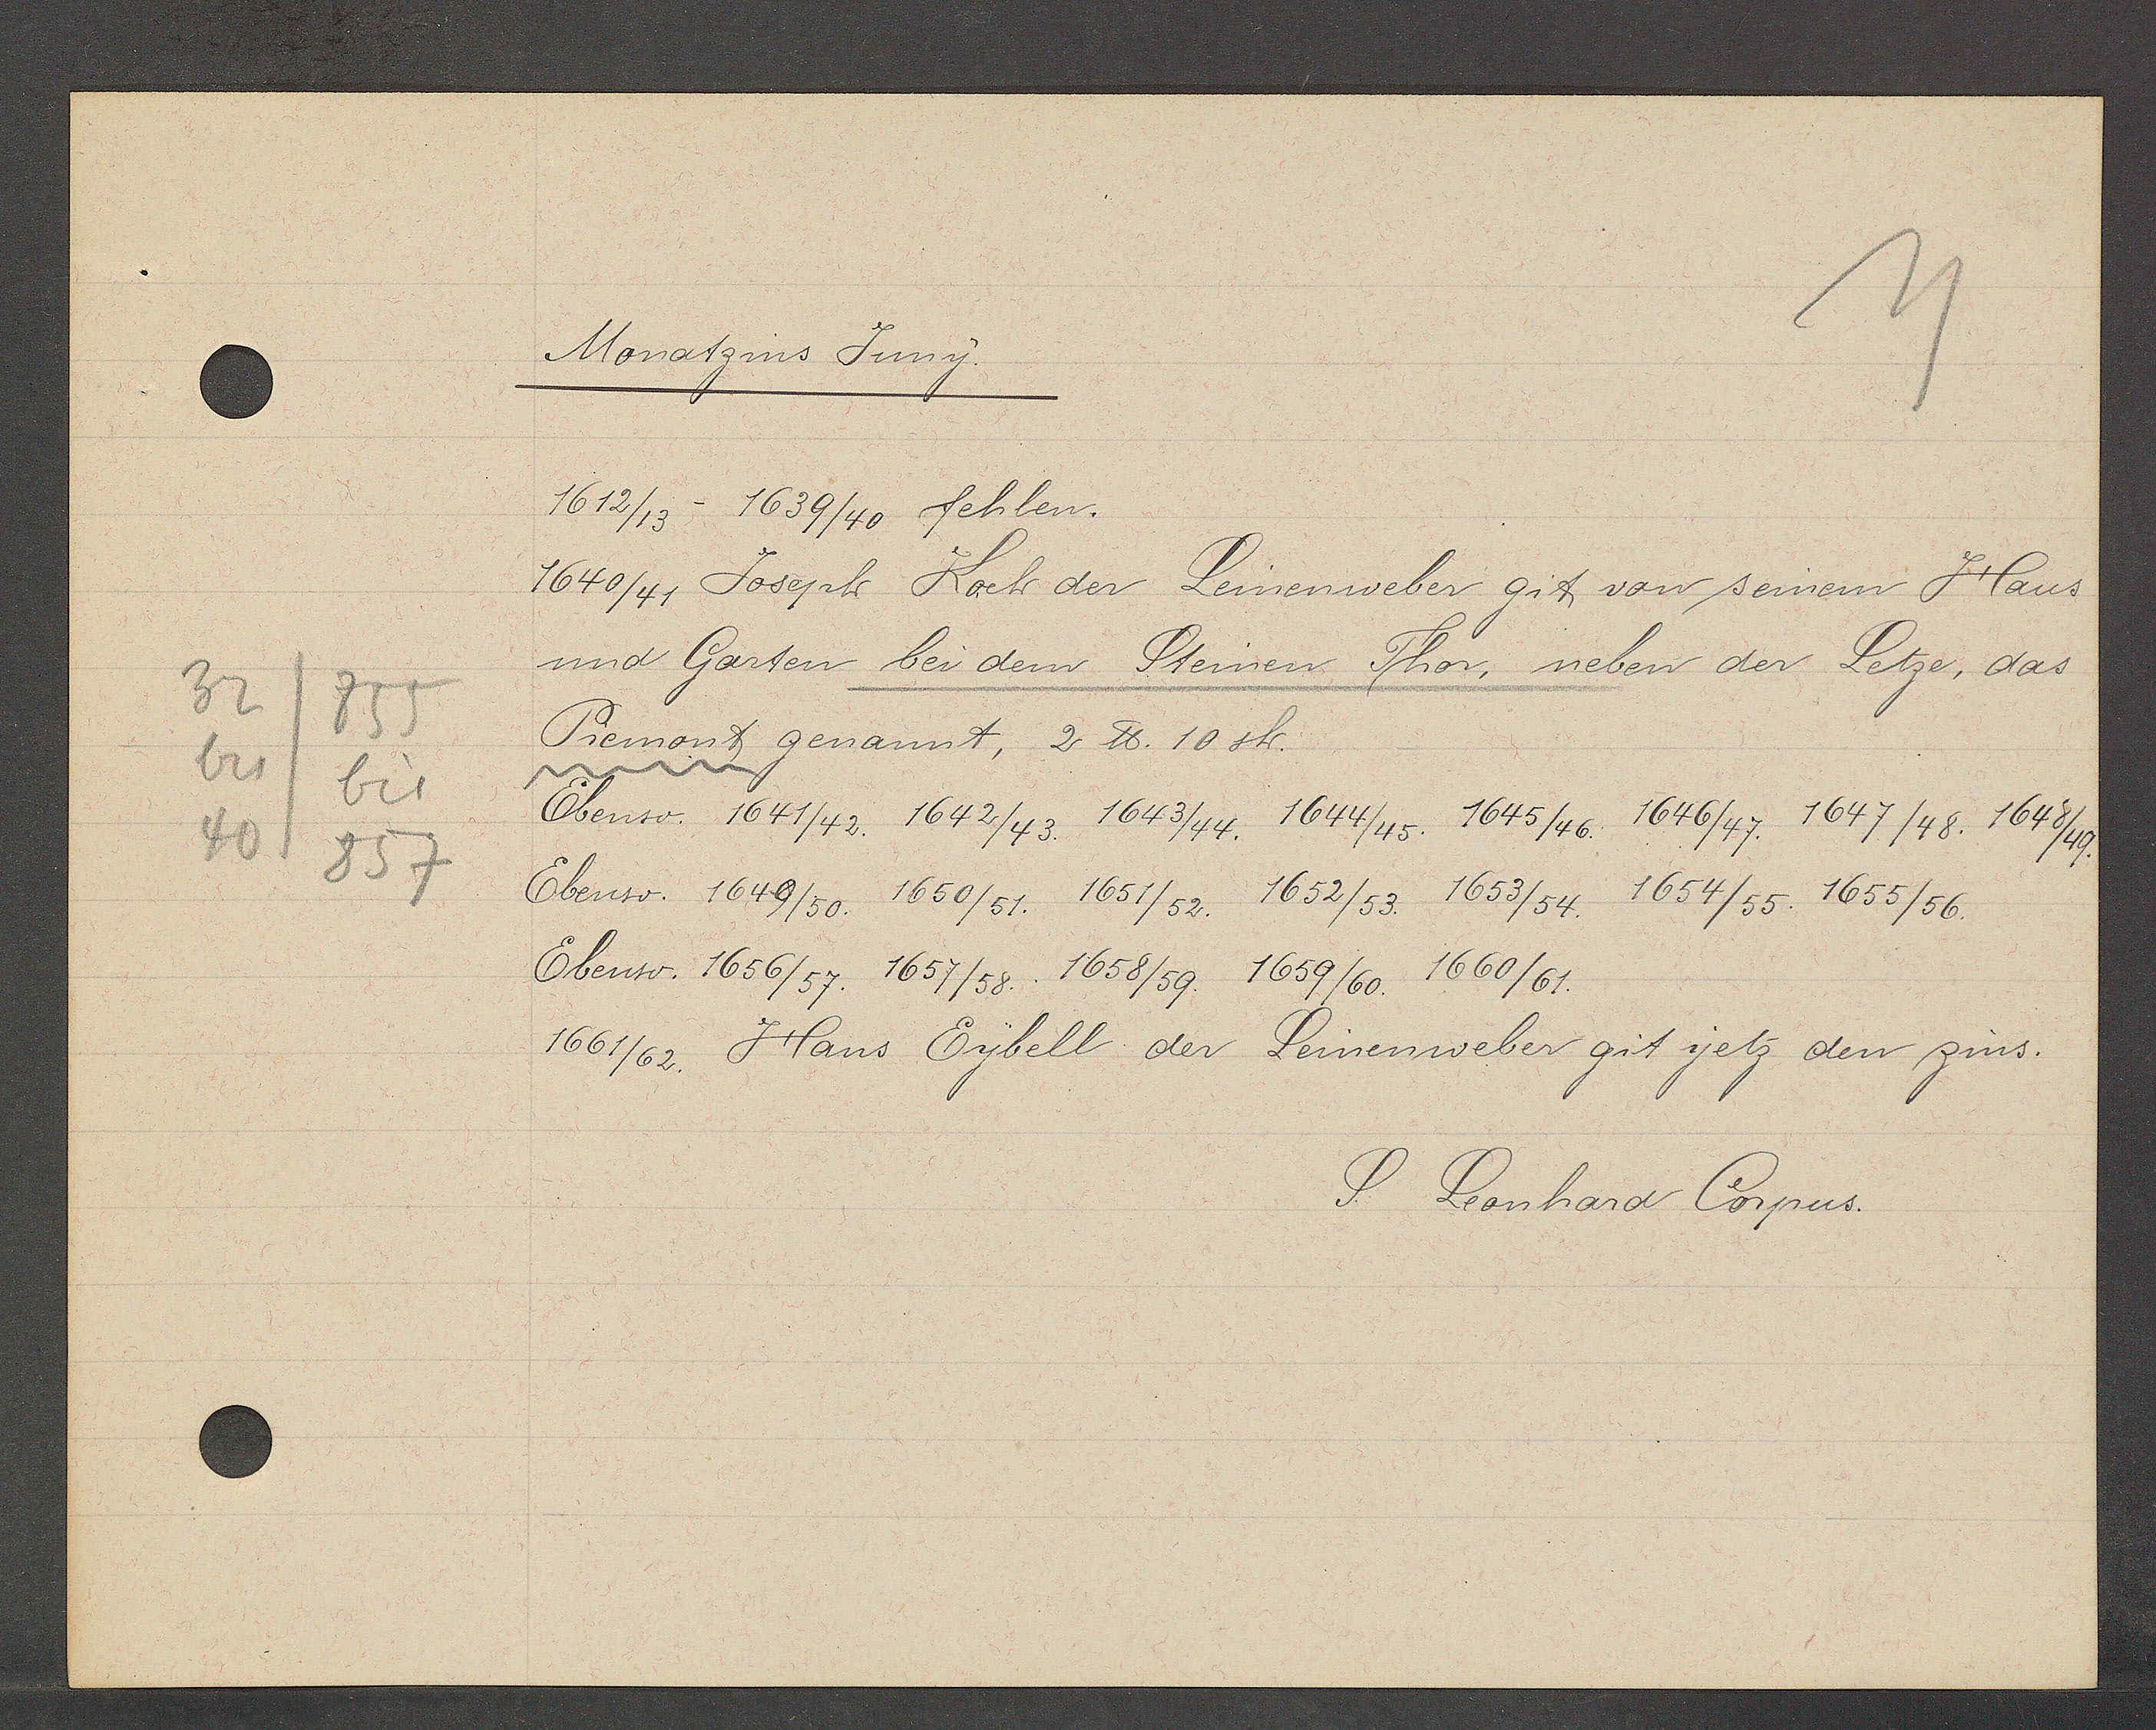
Transcript:
32
855
bis
bis
40
857

Monatzins Juny.

1612/13- 1639/40 fehlen.
1640/41, Joseph Koch der Leinenweber git von seinem Haus
und Garten bei dem Steinen Thor, neben der Letze, das
Piemont genannt, 2 ℔. 10 sh.
Ebenso. 1641/42. 1642/43. 1643/44. 1644/45. 1645/46 1646/47. 1647/48. 1648/49
Ebenso: 1649/50. 1650/51. 1651/52. 1652/53. 1653/54. 1654/55. 1655/56.
Ebenso. 1656/57. 1657/58. 1658/59. 1659/60. 1660/61.
1661/62. Hans Eybell der Leinenweber git jetz den zins.

S. Leonhard Corpus.